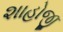
શાહોજી